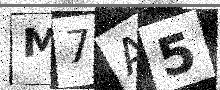
Text: M7A5